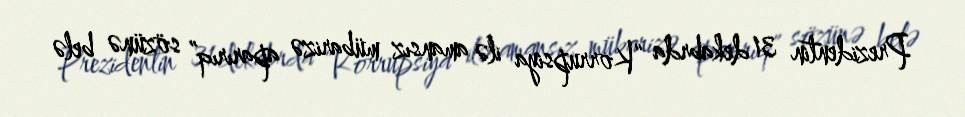
Prezidentin 31 dekabrda “Korrupsiya ilə amansız mübarizə aparırıq” sözünə belə